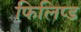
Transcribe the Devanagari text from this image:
फिलिप्ड